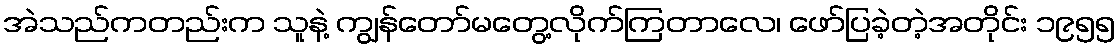
အဲသည်ကတည်းက သူနဲ့ ကျွန်တော်မတွေ့လိုက်ကြတာလေ၊ ဖော်ပြခဲ့တဲ့အတိုင်း ၁၉၅၅